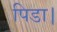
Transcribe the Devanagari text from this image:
पिडा।